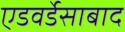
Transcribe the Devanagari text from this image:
एडवर्डेसाबाद